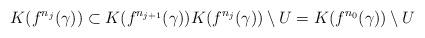
LaTeX: \begin{align*}K(f^{n_j}(\gamma))\subset K(f^{n_{j+1}}(\gamma)) K(f^{n_j}(\gamma))\setminus U = K(f^{n_0}(\gamma)) \setminus U\end{align*}